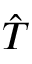
\Hat { T }